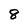
Character: 8